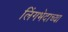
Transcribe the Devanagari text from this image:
लिंगभेदाच्या